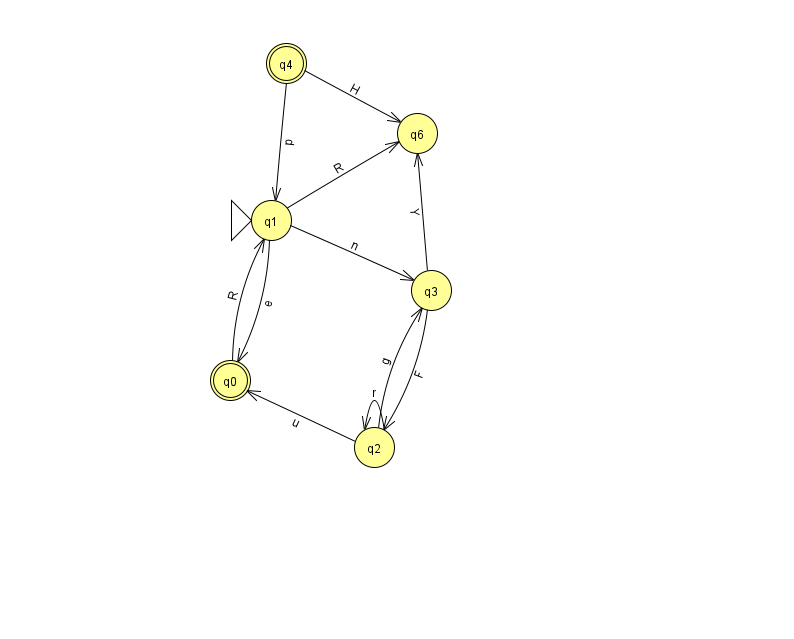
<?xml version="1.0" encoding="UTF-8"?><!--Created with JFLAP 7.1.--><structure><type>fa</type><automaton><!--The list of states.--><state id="0" name="q0"><x>230.0</x><y>367.0</y><final/></state><state id="1" name="q1"><x>271.0</x><y>207.0</y><initial/></state><state id="2" name="q2"><x>374.0</x><y>434.0</y></state><state id="3" name="q3"><x>431.0</x><y>277.0</y></state><state id="4" name="q4"><x>286.0</x><y>50.0</y><final/></state><state id="6" name="q6"><x>417.0</x><y>120.0</y></state><!--The list of transitions.--><transition><from>3</from><to>6</to><read>Y</read></transition><transition><from>2</from><to>2</to><read>r</read></transition><transition><from>4</from><to>1</to><read>p</read></transition><transition><from>1</from><to>6</to><read>R</read></transition><transition><from>3</from><to>2</to><read>F</read></transition><transition><from>2</from><to>0</to><read>u</read></transition><transition><from>2</from><to>3</to><read>g</read></transition><transition><from>1</from><to>3</to><read>n</read></transition><transition><from>0</from><to>1</to><read>R</read></transition><transition><from>4</from><to>6</to><read>H</read></transition><transition><from>1</from><to>0</to><read>e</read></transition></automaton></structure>